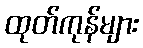
ထုတ်ကုန်များ